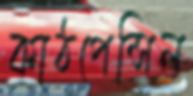
কাঠপেন্সিল